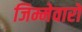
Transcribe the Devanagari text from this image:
जिम्मेवारों